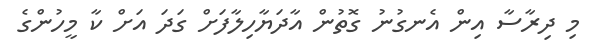
މި ދިރާސާ އިން އެނގުނު ގޮތުން އާދަޔާހިލާފަށް ގަދަ އަށް ކާ މީހުންގެ